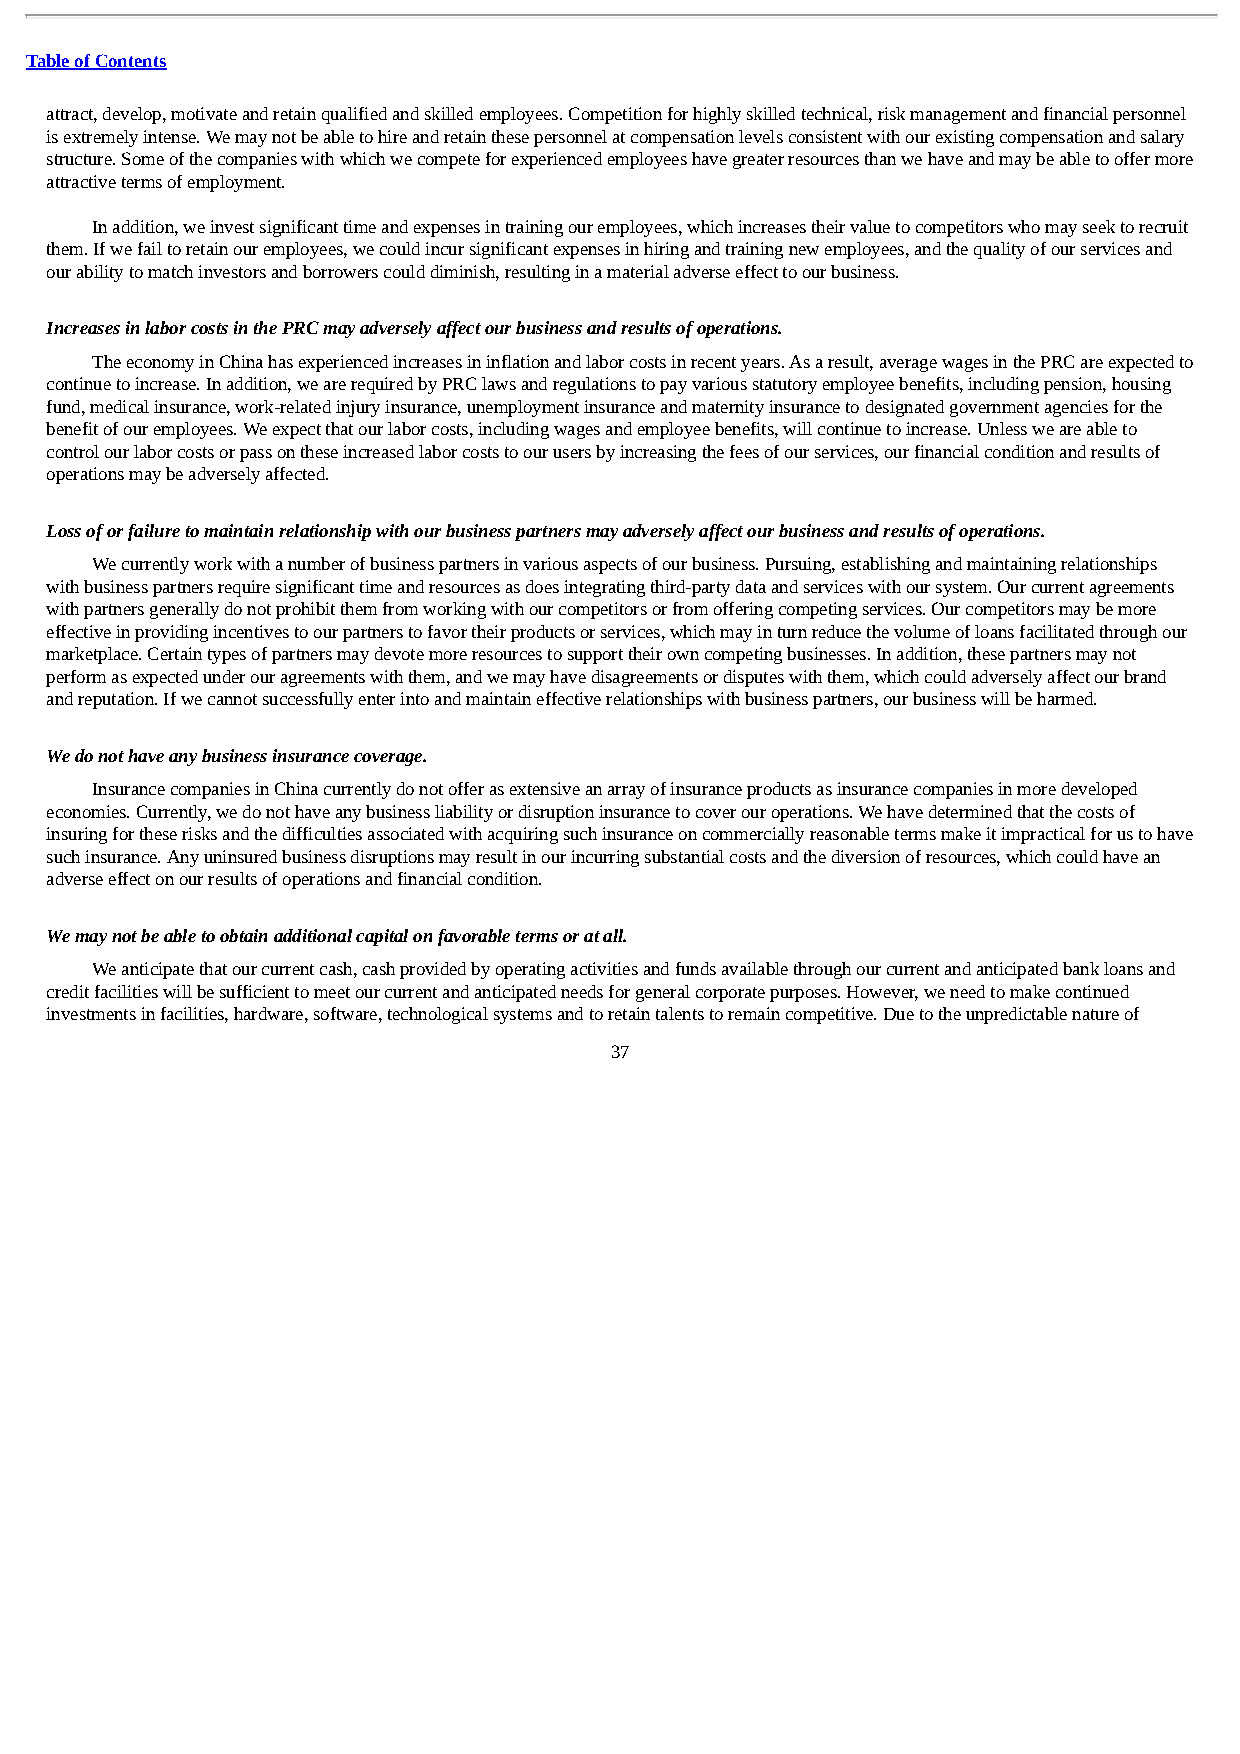
Table of Contents
 attract, develop, motivate and retain qualified and skilled employees. Competition for highly skilled technical, risk management and financial personnel
 is extremely intense. We may not be able to hire and retain these personnel at compensation levels consistent with our existing compensation and salary
 structure. Some of the companies with which we compete for experienced employees have greater resources than we have and may be able to offer more
 attractive terms of employment.
 In addition, we invest significant time and expenses in training our employees, which increases their value to competitors who may seek to recruit
 them. If we fail to retain our employees, we could incur significant expenses in hiring and training new employees, and the quality of our services and
 our ability to match investors and borrowers could diminish, resulting in a material adverse effect to our business.
 Increases in labor costs in the PRC may adversely affect our business and results of operations.
 The economy in China has experienced increases in inflation and labor costs in recent years. As a result, average wages in the PRC are expected to
 continue to increase. In addition, we are required by PRC laws and regulations to pay various statutory employee benefits, including pension, housing
 fund, medical insurance, work-related injury insurance, unemployment insurance and maternity insurance to designated government agencies for the
 benefit of our employees. We expect that our labor costs, including wages and employee benefits, will continue to increase. Unless we are able to
 control our labor costs or pass on these increased labor costs to our users by increasing the fees of our services, our financial condition and results of
 operations may be adversely affected.
 Loss of or failure to maintain relationship with our business partners may adversely affect our business and results of operations.
 We currently work with a number of business partners in various aspects of our business. Pursuing, establishing and maintaining relationships
 with business partners require significant time and resources as does integrating third-party data and services with our system. Our current agreements
 with partners generally do not prohibit them from working with our competitors or from offering competing services. Our competitors may be more
 effective in providing incentives to our partners to favor their products or services, which may in turn reduce the volume of loans facilitated through our
 marketplace. Certain types of partners may devote more resources to support their own competing businesses. In addition, these partners may not
 perform as expected under our agreements with them, and we may have disagreements or disputes with them, which could adversely affect our brand
 and reputation. If we cannot successfully enter into and maintain effective relationships with business partners, our business will be harmed.
 We do not have any business insurance coverage.
 Insurance companies in China currently do not offer as extensive an array of insurance products as insurance companies in more developed
 economies. Currently, we do not have any business liability or disruption insurance to cover our operations. We have determined that the costs of
 insuring for these risks and the difficulties associated with acquiring such insurance on commercially reasonable terms make it impractical for us to have
 such insurance. Any uninsured business disruptions may result in our incurring substantial costs and the diversion of resources, which could have an
 adverse effect on our results of operations and financial condition.
 We may not be able to obtain additional capital on favorable terms or at all.
 We anticipate that our current cash, cash provided by operating activities and funds available through our current and anticipated bank loans and
 credit facilities will be sufficient to meet our current and anticipated needs for general corporate purposes. However, we need to make continued
 investments in facilities, hardware, software, technological systems and to retain talents to remain competitive. Due to the unpredictable nature of
 37